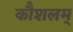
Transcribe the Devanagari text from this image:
कौशलम्